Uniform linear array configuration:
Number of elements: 24
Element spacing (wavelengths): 0.75
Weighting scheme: hann
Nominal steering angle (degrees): -45
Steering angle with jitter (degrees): -43.877
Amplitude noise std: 0.05
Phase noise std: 0.05

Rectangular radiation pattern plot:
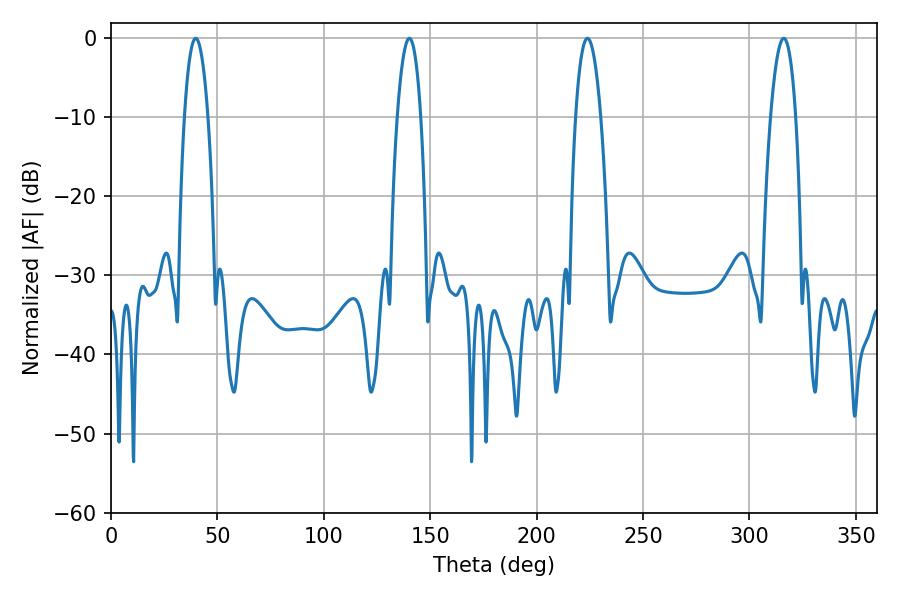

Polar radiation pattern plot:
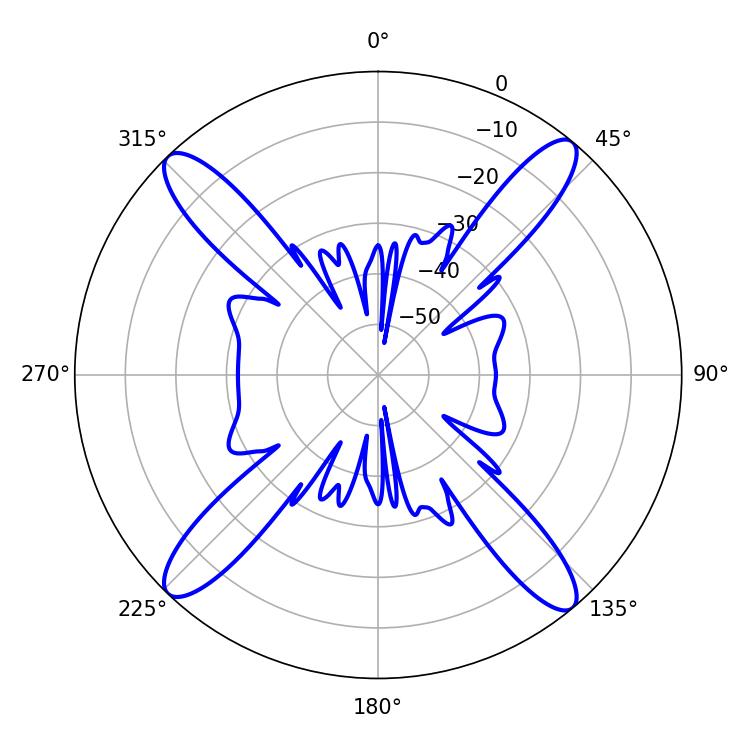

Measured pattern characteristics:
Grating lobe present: TRUE
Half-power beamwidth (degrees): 6.3
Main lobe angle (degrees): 39.78